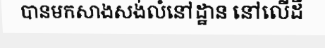
បានមកសាងសង់លំនៅដ្ឋាន នៅលើដី